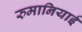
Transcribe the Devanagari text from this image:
रुमानियाई